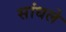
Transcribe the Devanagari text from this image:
सांधले